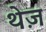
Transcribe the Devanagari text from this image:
थेज़